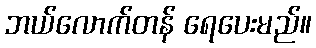
ဘယ်လောက်တန် ရေပေးမည်။